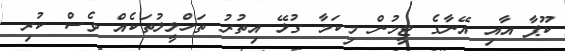
ކޫޕާ އާއި އޭނާގެ ޓީމުން މިކަމާ ގުޅޭ އިތުރު ތަހްލީލުތަކެއް ވެސް ކުރި